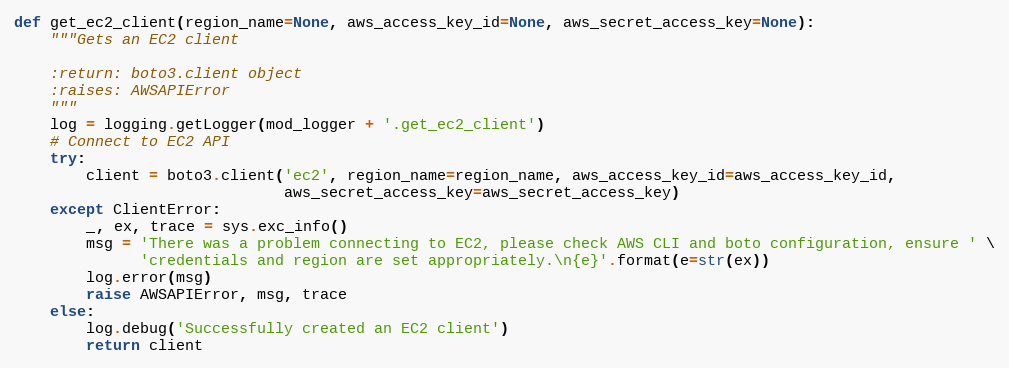
Language: Python
def get_ec2_client(region_name=None, aws_access_key_id=None, aws_secret_access_key=None):
    """Gets an EC2 client

    :return: boto3.client object
    :raises: AWSAPIError
    """
    log = logging.getLogger(mod_logger + '.get_ec2_client')
    # Connect to EC2 API
    try:
        client = boto3.client('ec2', region_name=region_name, aws_access_key_id=aws_access_key_id,
                              aws_secret_access_key=aws_secret_access_key)
    except ClientError:
        _, ex, trace = sys.exc_info()
        msg = 'There was a problem connecting to EC2, please check AWS CLI and boto configuration, ensure ' \
              'credentials and region are set appropriately.\n{e}'.format(e=str(ex))
        log.error(msg)
        raise AWSAPIError, msg, trace
    else:
        log.debug('Successfully created an EC2 client')
        return client